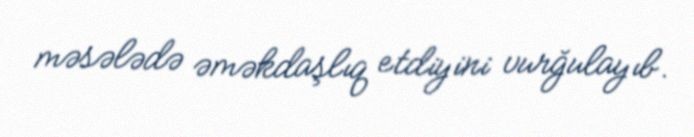
məsələdə əməkdaşlıq etdiyini vurğulayıb.